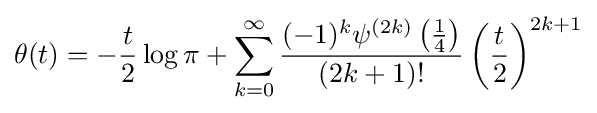
\theta (t)=-{\frac {t}{2}}\log \pi +\sum _{k=0}^{\infty }{\frac {(-1)^{k}\psi ^{(2k)}\left({\frac {1}{4}}\right)}{(2k+1)!}}\left({\frac {t}{2}}\right)^{2k+1}